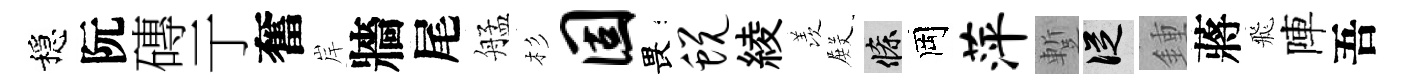
穩阮磚亍奮岸牆尾艋杉固畏蜕綾羡𭮺條岡萍蹔從鍾蔣飛陣吾